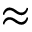
\approx